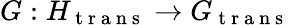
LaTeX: G:H_{\mathrm{~t~r~a~n~s~}}\to G_{\mathrm{~t~r~a~n~s~}}